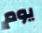
يوم